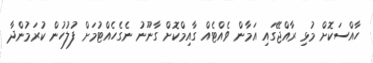
ހާއްސަކޮށް މުޅި ރާއްޖޭގައި އަމާން ވެއްޓެއް ގާއިމްކޮށް ގާނޫނު ނެގެހެއްޓުމަށް ފުުލުހުން ކުރަމުންދާ